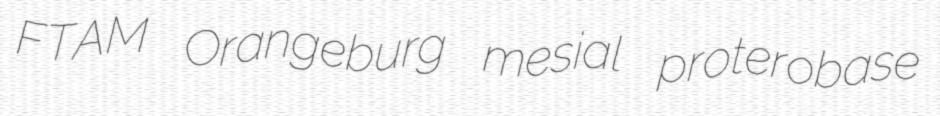
FTAM Orangeburg mesial proterobase